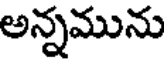
అన్నమును